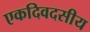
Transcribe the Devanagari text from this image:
एकदिवदसीय